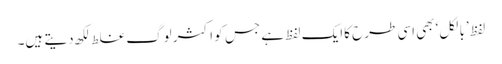
لفظ ’بالکل‘ بھی اسی طرح کاایک لفظ ہے جس کو اکثر لوگ غلط لکھ دیتے ہیں۔